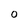
Character: O